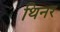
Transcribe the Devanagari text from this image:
थिनर